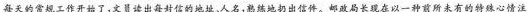
每天的常规工作开始了，文员读出每封信的地址、人名，熟练地扔出信件。邮政局长现在以一种前所未有的特殊心情注